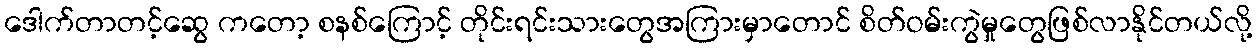
ဒေါက်တာတင့်ဆွေ ကတော့ စနစ်ကြောင့် တိုင်းရင်းသားတွေအကြားမှာတောင် စိတ်ဝမ်းကွဲမှုတွေဖြစ်လာနိုင်တယ်လို့